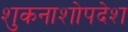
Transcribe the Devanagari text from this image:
शुकनाशोपदेश